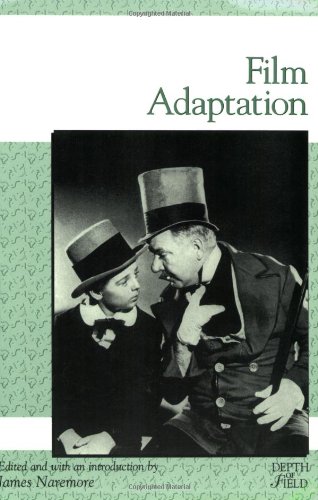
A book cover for Film Adaptation (Rutgers Depth of Field Series); Humor & Entertainment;